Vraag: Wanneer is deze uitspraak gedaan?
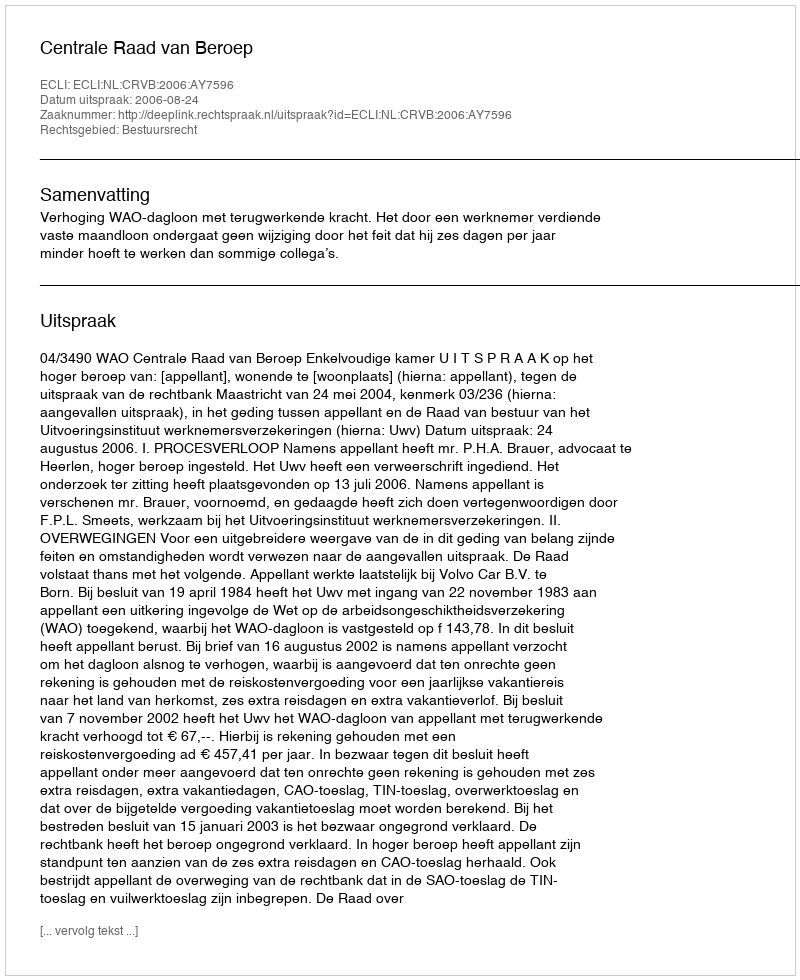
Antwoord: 2006-08-24